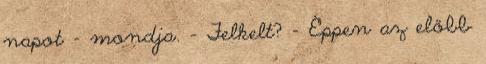
napot – mondja. – Felkelt? – Éppen az előbb